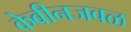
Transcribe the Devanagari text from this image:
केबीनजवळ